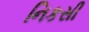
નિકસી